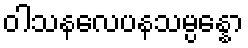
ဝါသနလေပနသမ္ပန္နော